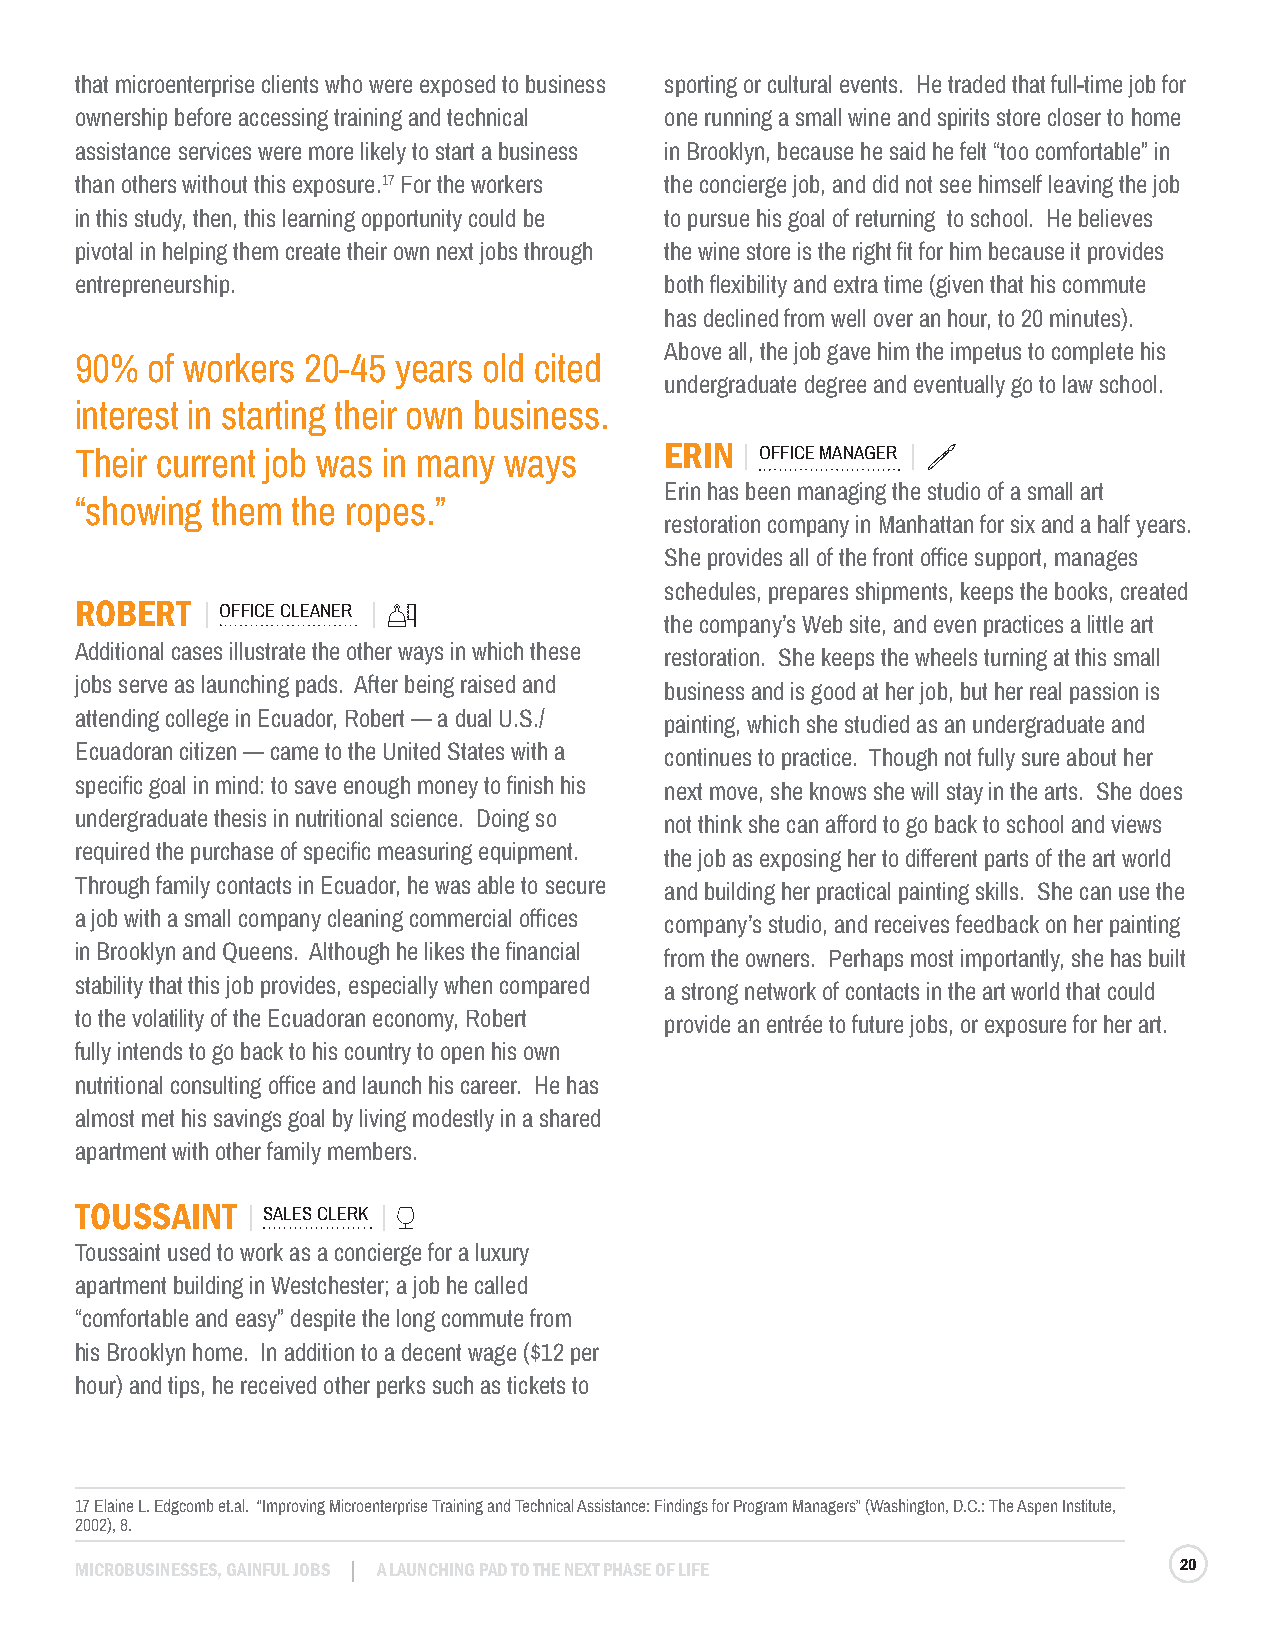
that microenterprise clients who were exposed to business sporting or cultural events. He traded that full-time job for
 ownership before accessing training and technical one running a small wine and spirits store closer to home
 assistance services were more likely to start a business in Brooklyn, because he said he felt “too comfortable” in
 than others without this exposure.17 For the workers the concierge job, and did not see himself leaving the job
 in this study, then, this learning opportunity could be to pursue his goal of returning to school. He believes
 pivotal in helping them create their own next jobs through the wine store is the right fit for him because it provides
 entrepreneurship.                      both flexibility and extra time (given that his commute
 has declined from well over an hour, to 20 minutes).
 Above all, the job gave him the impetus to complete his
 90%  of workers 20-45 years old cited
 undergraduate degree and eventually go to law school.
 interest in starting their own business.
 Their current job was in many ways     ERIN  OFFICE MANAGER
 Erin has been managing the studio of a small art
 “showing them the ropes.”
 restoration company in Manhattan for six and a half years.
 She provides all of the front office support, manages
 schedules, prepares shipments, keeps the books, created
 ROBERT    OFFICE CLEANER
 the company’s Web site, and even practices a little art
 Additional cases illustrate the other ways in which these restoration. She keeps the wheels turning at this small
 jobs serve as launching pads. After being raised and business and is good at her job, but her real passion is
 attending college in Ecuador, Robert — a dual U.S./ painting, which she studied as an undergraduate and
 Ecuadoran citizen — came to the United States with a continues to practice. Though not fully sure about her
 specific goal in mind: to save enough money to finish his next move, she knows she will stay in the arts. She does
 undergraduate thesis in nutritional science. Doing so not think she can afford to go back to school and views
 required the purchase of specific measuring equipment. the job as exposing her to different parts of the art world
 Through family contacts in Ecuador, he was able to secure and building her practical painting skills. She can use the
 a job with a small company cleaning commercial offices company’s studio, and receives feedback on her painting
 in Brooklyn and Queens. Although he likes the financial from the owners. Perhaps most importantly, she has built
 stability that this job provides, especially when compared a strong network of contacts in the art world that could
 to the volatility of the Ecuadoran economy, Robert provide an entrée to future jobs, or exposure for her art.
 fully intends to go back to his country to open his own
 nutritional consulting office and launch his career. He has
 almost met his savings goal by living modestly in a shared
 apartment with other family members.
 TOUSSAINT   SALES CLERK
 Toussaint used to work as a concierge for a luxury
 apartment building in Westchester; a job he called
 “comfortable and easy” despite the long commute from
 his Brooklyn home. In addition to a decent wage ($12 per
 hour) and tips, he received other perks such as tickets to
 17 Elaine L. Edgcomb et.al. “Improving Microenterprise Training and Technical Assistance: Findings for Program Managers” (Washington, D.C.: The Aspen Institute,
 2002), 8.
 MICROBUSINESSES, GAINFUL JOBS A LAUNCHING PAD TO THE NEXT PHASE OF LIFE  20